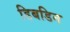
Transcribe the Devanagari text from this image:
डिबडिन